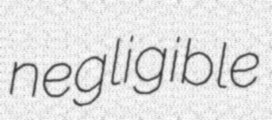
negligible